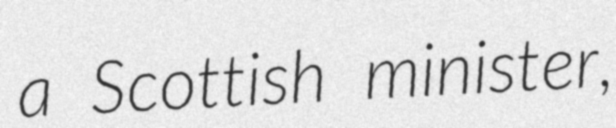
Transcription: a Scottish minister,